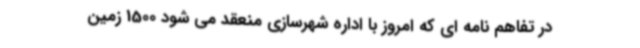
در تفاهم نامه ای که امروز با اداره شهرسازی منعقد می شود 1500 زمین